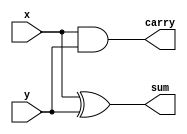
`timescale 1ns / 100ps
module half_adder(x, y, sum, carry);
	input x, y;
	output sum, carry;

	xor #(2)(sum, x, y);
	and #(2)(carry, x, y);

endmodule

// 4-bit carry-lookahead adder
module CLA_4bit(A, B, C_in, SUM, C_out);
	input [3:0] A;
	input [3:0] B;
	input C_in;
	output [3:0] SUM;
	output [3:0] C_out;
	
	wire [3:0] G, P;
	wire C0;
	wire C1[1:0];
	wire C2[2:0];
	wire C3[3:0];
	
	half_adder HA0(.x(A[0]), .y(B[0]), .sum(P[0]), .carry(G[0]));
	half_adder HA1(.x(A[1]), .y(B[1]), .sum(P[1]), .carry(G[1]));
	half_adder HA2(.x(A[2]), .y(B[2]), .sum(P[2]), .carry(G[2]));
	half_adder HA3(.x(A[3]), .y(B[3]), .sum(P[3]), .carry(G[3]));
	
  // C0
	and #(2)(C0, P[0], C_in);
	or #(2)(C_out[0], G[0], C0);
	
  // C1
	and #(2)(C1[0], P[1], P[0], C_in);
	and #(2)(C1[1], P[1], G[0]);
	or #(2)(C_out[1], G[1], C1[1], C1[0]);
	
  // C2
	and #(2)(C2[0], P[2], P[1], P[0], C_in);
	and #(2)(C2[1], P[2], P[1], G[0]);
	and #(2)(C2[2], P[2], G[1]);
	or #(2)(C_out[2], G[2], C2[2], C2[1], C2[0]);
	
  // C3
	and #(2)(C3[0], P[3], P[2], P[1], P[0], C_in);
	and #(2)(C3[1], P[3], P[2], P[1], G[0]);
	and #(2)(C3[2], P[3], P[2], G[1]);
	and #(2)(C3[3], P[3], G[2]);
	or #(2)(C_out[3], G[3], C3[3], C3[2], C3[1], C3[0]);
	
  // SUM
	xor #(2)(SUM[0], P[0], C_in);
	xor #(2)(SUM[1], P[1], C_out[0]);
	xor #(2)(SUM[2], P[2], C_out[1]);
	xor #(2)(SUM[3], P[3], C_out[2]);
	
endmodule

// 8-bit carry-lookahead adder
module CLA_8bit(A, B, Add_ctrl, SUM, C_out, v);
	input [7:0] A;
	input [7:0] B;
	input Add_ctrl;
	output [7:0] SUM;
	output C_out, v; // v - overflow
	
	wire ctrl;
	wire [7:0] new_B, C;
	
	// A - B = A + (~B) + 1
  // B xor 0 = B
  // B xor 1 = not(B)
  not #(2)(ctrl, Add_ctrl);
	xor #(2)(new_B[0], B[0], ctrl);
	xor #(2)(new_B[1], B[1], ctrl);
	xor #(2)(new_B[2], B[2], ctrl);
	xor #(2)(new_B[3], B[3], ctrl);
	xor #(2)(new_B[4], B[4], ctrl);
	xor #(2)(new_B[5], B[5], ctrl);
	xor #(2)(new_B[6], B[6], ctrl);
	xor #(2)(new_B[7], B[7], ctrl);
	
	CLA_4bit CLA4_1(.A(A[3:0]), .B(new_B[3:0]), .C_in(ctrl), .SUM(SUM[3:0]), .C_out(C[3:0]));
	CLA_4bit CLA4_2(.A(A[7:4]), .B(new_B[7:4]), .C_in(C[3]), .SUM(SUM[7:4]), .C_out(C[7:4]));
	
	or #(2)(C_out, C[7], ctrl); // carry out
	xor #(2)(v, C[7], C[6]); // overflow

endmodule